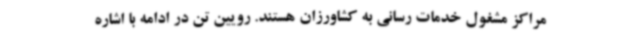
مراکز مشغول خدمات رسانی به کشاورزان هستند. رویین تن در ادامه با اشاره